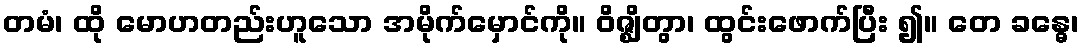
တမံ၊ ထို မောဟတည်းဟူသော အမိုက်မှောင်ကို။ ဝိဇ္ဈိတွာ၊ ထွင်းဖောက်ပြီး ၍။ တေ ခန္ဓေ၊